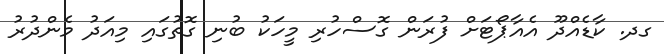
ގދ. ކާޑެއްދޫ އެއާޕޯޓަށް ފުރަން ގޮސްހުރި މީހަކު ބުނި ގޮތުގައި މިއަދު މެންދުރު